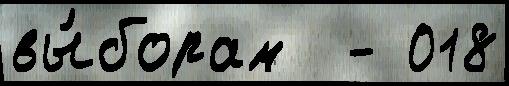
вы́борам  - 018